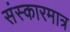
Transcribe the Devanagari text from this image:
संस्कारमात्र